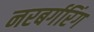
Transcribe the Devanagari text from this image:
नरबर्गरिंग